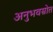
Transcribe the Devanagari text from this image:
अनुभवस्रोत